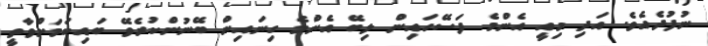
ނުފުދެއެވެ. އަދި މިއީ އެންމެ ފަސޭހައިން ލިބޭ އެންމެ ގިނައިން ބޭނުންކުރެވޭ ބައިކަމަށްވާތީ